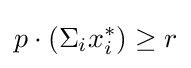
p\cdot (\Sigma _{i}x_{i}^{*})\geq r